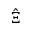
\hat { \Xi }